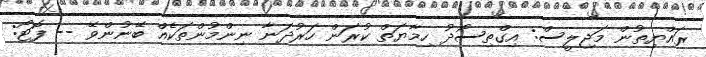
ރައްޔިތުން މަޖިލީސް: އިގްތިސޯދު ހިމާޔަތް ކުރަން ހަރުދަނާ ނިންމުންތަކެއް ބޭނުންވޭ -- ފޮޓޯ: